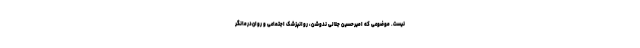
نیست. موضوعی که امیرحسین جلالی ندوشن، روانپزشک اجتماعی و روان‌درمانگر